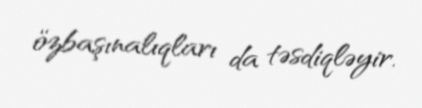
özbaşınalıqları da təsdiqləyir.